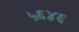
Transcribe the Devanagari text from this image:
५६४६